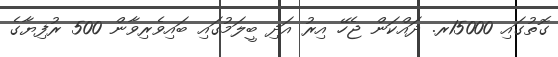
ގޮތުގައި 15000ރ. ދައްކަން ޖެހޭ އިރު އަދި ބީލަމުގައި ބައިވެރިވާން 500 ރުފިޔާގެ